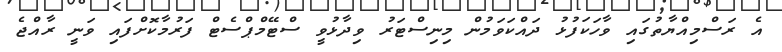
އެ ރަސްމިއްޔާތުގައި ވާހަކަފުޅު ދައްކަވަމުން މިނިސްޓަރު ވިދާޅުވީ ސްޓޭމްޕްސެޓް ފަރުމާކޮށްފައި ވަނީ ރާއްޖެ